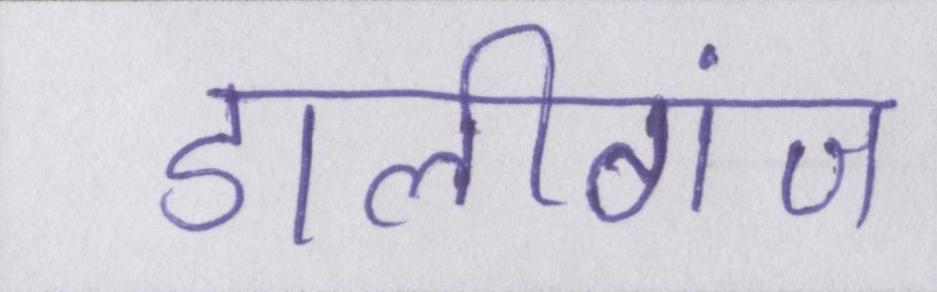
डालीगंज